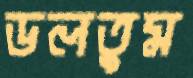
ডলতুম